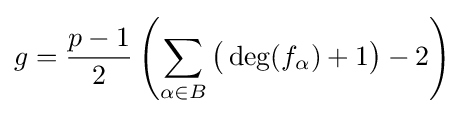
g={\frac {p-1}{2}}\left(\sum _{\alpha \in B}{\big (}\deg(f_{\alpha })+1{\big )}-2\right)